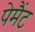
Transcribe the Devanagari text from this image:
पेमैंट